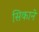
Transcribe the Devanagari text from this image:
सिकाने